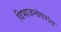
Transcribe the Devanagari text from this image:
विभाजनोपरांत